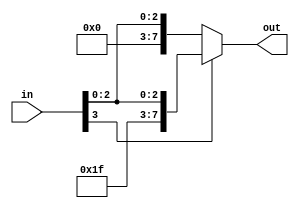
module sign_extend(output reg [7:0] out, input [3:0] in);
	always @(*)
	begin
		if(in[3])
			out = {4'b1111,in}; 
		else 
			out = {4'b0000,in};
	end
endmodule